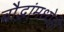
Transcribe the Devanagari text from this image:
बौद्धांमध्येही